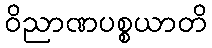
ဝိညာဏပစ္စယာတိ